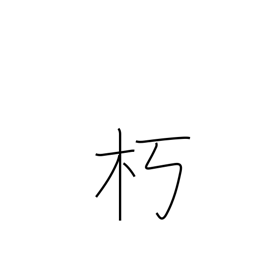
Meaning: remain in seclusion